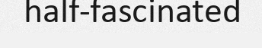
half-fascinated